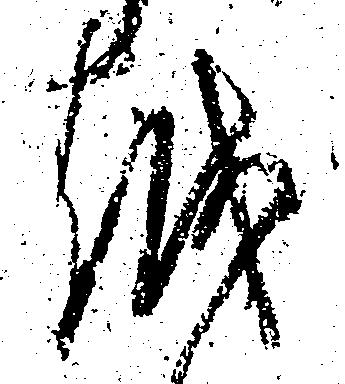
越